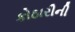
કોઠારીની